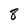
Character: 8